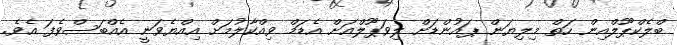
ބްލެކްޕޫލްއިން ހަތް މިލިޔަން ޕައުންޑަށް ލިވަޕޫލްއަށް އެޑަމް ވިއްކާލުމަށް އިއްޔެވަނީ އެއްބަސްވެފަ އެވެ.